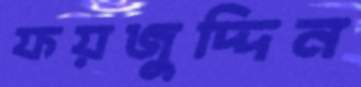
ফয়জুদ্দিন